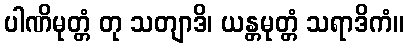
ပါဏိမုတ္တံ တု သတျာဒိ၊ ယန္တမုတ္တံ သရာဒိကံ။